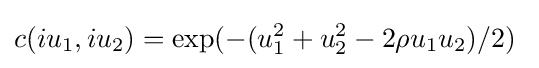
c(iu_{1},iu_{2})=\exp(-(u_{1}^{2}+u_{2}^{2}-2\rho u_{1}u_{2})/2)~